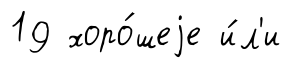
19 хоро́шеjе и́л'и